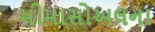
મીમાસોઅલના